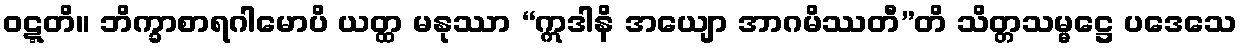
ဝဋ္ဋတိ။ ဘိက္ခာစာရဂါမောပိ ယတ္ထ မနုဿာ “ဣဒါနိ အယျော အာဂမိဿတီ”တိ သိတ္တသမ္မဋ္ဌေ ပဒေသေ